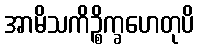
အာမိသကိဉ္စိက္ခဟေတုပိ